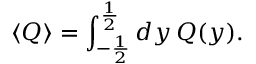
\langle Q \rangle = \int _ { - \frac { 1 } { 2 } } ^ { \frac { 1 } { 2 } } d y \, Q ( y ) .